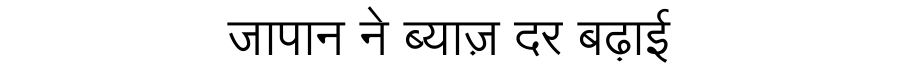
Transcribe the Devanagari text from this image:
जापान ने ब्याज़ दर बढ़ाई